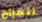
للمزاح